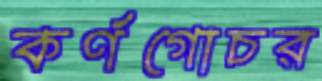
কর্ণগোচর